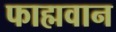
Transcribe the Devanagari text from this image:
फाह्मवान